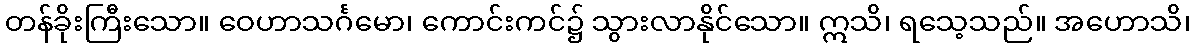
တန်ခိုးကြီးသော။ ဝေဟာသင်္ဂမော၊ ကောင်းကင်၌ သွားလာနိုင်သော။ ဣသိ၊ ရသေ့သည်။ အဟောသိ၊